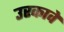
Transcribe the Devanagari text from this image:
उरकावे